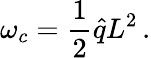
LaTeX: \omega_{c}=\frac{1}{2}\hat{q}L^{2}\, .